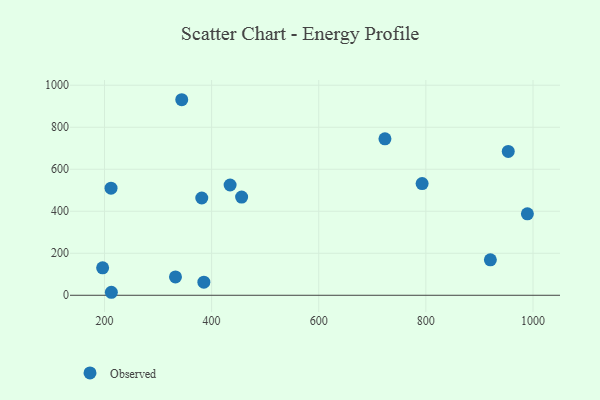
{"axis": {"x": "Price", "y": "Rating"}, "legend": ["Observed"], "data": [{"x": "332.5", "y": 87.2, "type": "Observed"}, {"x": "953.8", "y": 685.1, "type": "Observed"}, {"x": "196.5", "y": 130.7, "type": "Observed"}, {"x": "385.5", "y": 62.4, "type": "Observed"}, {"x": "989.5", "y": 387.9, "type": "Observed"}, {"x": "723.6", "y": 744.8, "type": "Observed"}, {"x": "344.2", "y": 931.0, "type": "Observed"}, {"x": "212.2", "y": 510.0, "type": "Observed"}, {"x": "434.5", "y": 525.1, "type": "Observed"}, {"x": "381.6", "y": 463.1, "type": "Observed"}, {"x": "456.0", "y": 467.6, "type": "Observed"}, {"x": "920.4", "y": 168.9, "type": "Observed"}, {"x": "212.8", "y": 14.3, "type": "Observed"}, {"x": "793.0", "y": 531.7, "type": "Observed"}]}